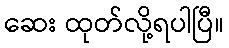
ဆေး ထုတ်လို့ရပါပြီ။